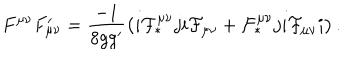
F ^ { \mu \nu } F _ { \mu \nu } ^ { \prime } = \frac { - 1 } { 8 g g ^ { \prime } } \left( i { \cal F } _ { \ast } ^ { \mu \nu } j i { \cal F } _ { \mu \nu } + { \cal F } _ { \ast } ^ { \mu \nu } j i { \cal F } _ { \mu \nu } i \right) .